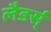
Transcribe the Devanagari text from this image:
लैडर्स्